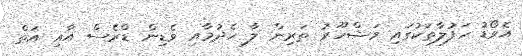
އެވޯޑު ހަފުލާތަކުގައި މަޝްހޫރު ތަރިން ލާ ހެދުމާއި ވެޑިން ޑްރެސް އާއި އަތް